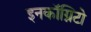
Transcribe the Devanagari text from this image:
इनकॉग्निटो